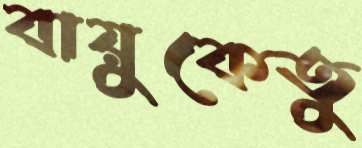
বায়ুকেতু